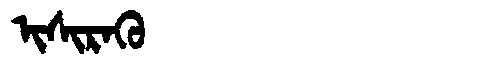
Manchu: ᡳᠰᡳᡵᠠᡴᡠ
Romanization: ISIRAKU